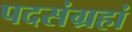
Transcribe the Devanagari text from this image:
पदसंग्रहां